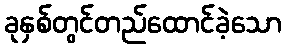
ခုနှစ်တွင်တည်ထောင်ခဲ့သော